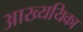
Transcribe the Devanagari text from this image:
आख्ययिका